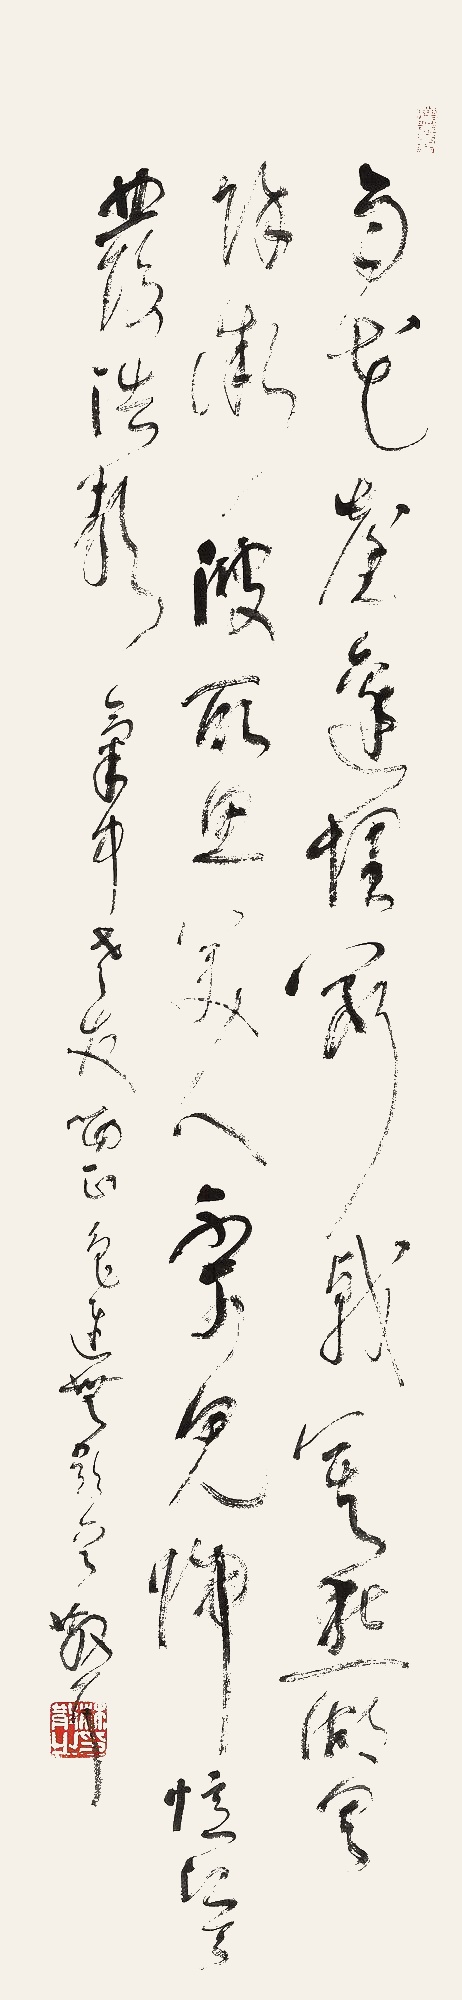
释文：雨花台边埋断戟，莫愁湖里余微波。所思美人不可见，归忆江天发浩歌。气中老友哂正。鲁迅《无题诗》一首，散耳。